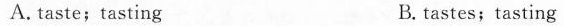
A.taste;tasting B. tastes; tasting